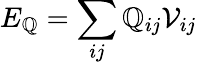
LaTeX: E_{\mathbb{Q}}=\sum_{ij}\mathbb{Q}_{ij}\mathcal{V}_{ij}